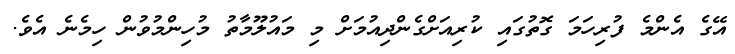
އޭގެ އެންމެ ފުރިހަމަ ގޮތުގައި ކުރިއަށްގެންދިއުމަށް މި މައުލޫމާތު މުހިންމުވުން ހިމެނެ އެވެ.